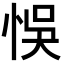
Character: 悞